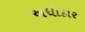
અધીકાર